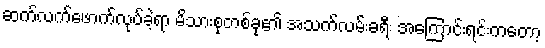
ဆက်လက်ဖောက်လုပ်ခဲ့ရာ မိသားစုတစ်ခု၏ အသက်လမ်းခရီး အကြောင်းရင်းကတော့